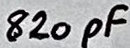
Text: 820pF